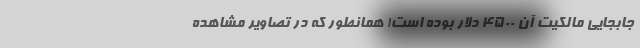
جابجایی مالکیت آن 4500 دلار بوده است! همانطور که در تصاویر مشاهده